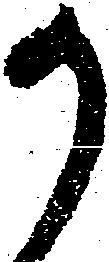
か